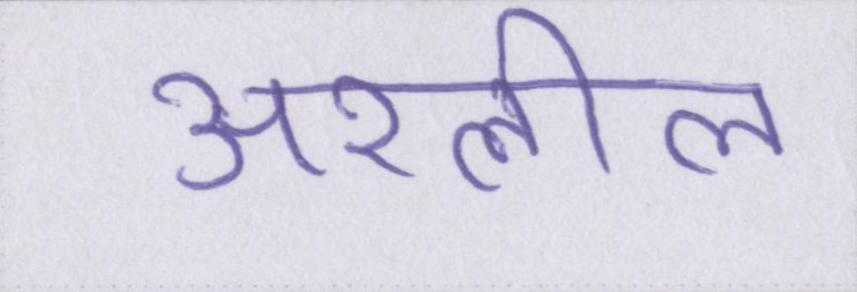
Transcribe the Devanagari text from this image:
अश्लील